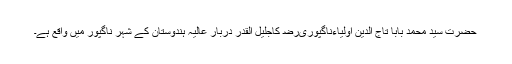
حضرت سید محمد بابا تاج الدین اولیاءناگپوریﺭﺿ کاجلیل القدر دربار عالیہ ہندوستان کے شہر ناگپور میں واقع ہے۔